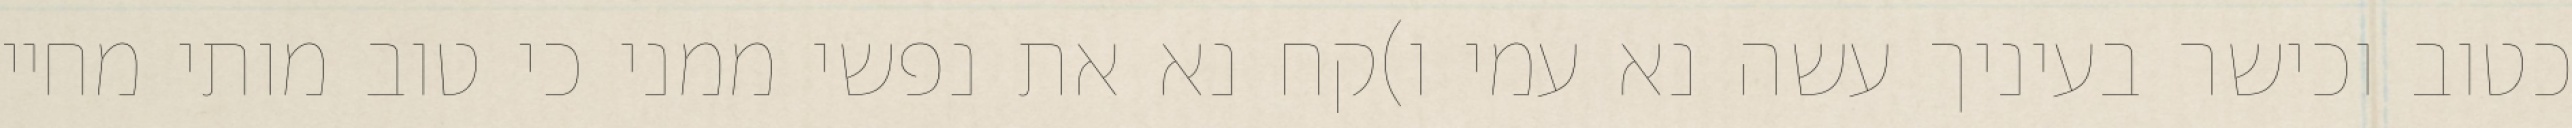
כטוב וכישר בעיניך עשה נא עמי ו)קח נא את נפשי ממני כי טוב מותי מחיי